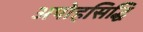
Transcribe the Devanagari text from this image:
अपोहसिद्धि